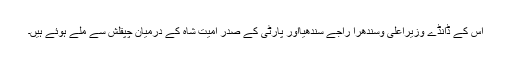
اس کے ڈانڈے وزیراعلیٰ وسندھرا راجے سندھیااور پارٹی کے صدر امیت شاہ کے درمیان چپقلش سے ملے ہوئے ہیں۔